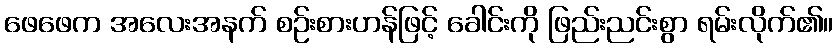
ဖေဖေက အလေးအနက် စဉ်းစားဟန်ဖြင့် ခေါင်းကို ဖြည်းညင်းစွာ ရမ်းလိုက်၏။